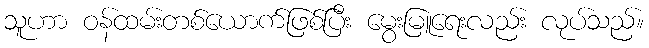
သူဟာ ဝန်ထမ်းတစ်ယောက်ဖြစ်ပြီး မွေးမြူရေးလည်း လုပ်သည်။